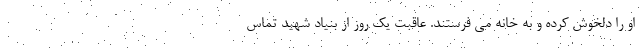
او را دلخوش کرده و به خانه می فرستند. عاقبت یک روز از بنیاد شهید تماس